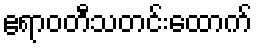
ဧရာဝတီသတင်းထောက်